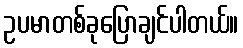
ဥပမာတစ်ခုပြောချင်ပါတယ်။